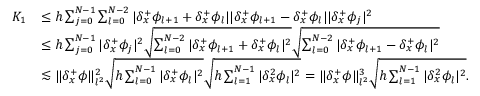
\begin{array} { r l } { K _ { 1 } } & { \leq h \sum _ { j = 0 } ^ { N - 1 } \sum _ { l = 0 } ^ { N - 2 } | { \delta _ { x } ^ { + } } \phi _ { l + 1 } + { \delta _ { x } ^ { + } } \phi _ { l } | | { \delta _ { x } ^ { + } } \phi _ { l + 1 } - { \delta _ { x } ^ { + } } \phi _ { l } | | { \delta _ { x } ^ { + } } \phi _ { j } | ^ { 2 } } \\ & { \leq h \sum _ { j = 0 } ^ { N - 1 } | { \delta _ { x } ^ { + } } \phi _ { j } | ^ { 2 } \sqrt { \sum _ { l = 0 } ^ { N - 2 } | { \delta _ { x } ^ { + } } \phi _ { l + 1 } + { \delta _ { x } ^ { + } } \phi _ { l } | ^ { 2 } } \sqrt { \sum _ { l = 0 } ^ { N - 2 } | { \delta _ { x } ^ { + } } \phi _ { l + 1 } - { \delta _ { x } ^ { + } } \phi _ { l } | ^ { 2 } } } \\ & { \lesssim \| { \delta _ { x } ^ { + } } \phi \| _ { l ^ { 2 } } ^ { 2 } \sqrt { h \sum _ { l = 0 } ^ { N - 1 } | { \delta _ { x } ^ { + } } \phi _ { l } | ^ { 2 } } \sqrt { h \sum _ { l = 1 } ^ { N - 1 } | { \delta _ { x } ^ { 2 } } \phi _ { l } | ^ { 2 } } = \| { \delta _ { x } ^ { + } } \phi \| _ { l ^ { 2 } } ^ { 3 } \sqrt { h \sum _ { l = 1 } ^ { N - 1 } | { \delta _ { x } ^ { 2 } } \phi _ { l } | ^ { 2 } } . } \end{array}